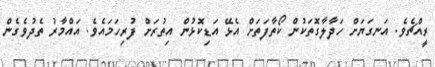
ރީއްޗެވެ. އަނގަޔަށް ހަދާލާގޮތަކުން ކޯތާފަތަށް އެޅޭ އަޑިކޮޅުން އިތުރަށް ފުރިހަމައެވެ. އައްމާރު ތެދުވެގެން